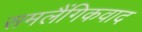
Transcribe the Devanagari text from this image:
समलैंगिकवाद